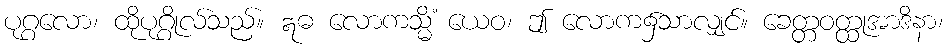
ပုဂ္ဂလော၊ ထိုပုဂ္ဂိုလ်သည်။ ဣဓ လောကသ္မိံ ယေဝ၊ ဤ လောက၌သာလျှင်။ ခေတ္တဝတ္ထုအာဒိနာ၊